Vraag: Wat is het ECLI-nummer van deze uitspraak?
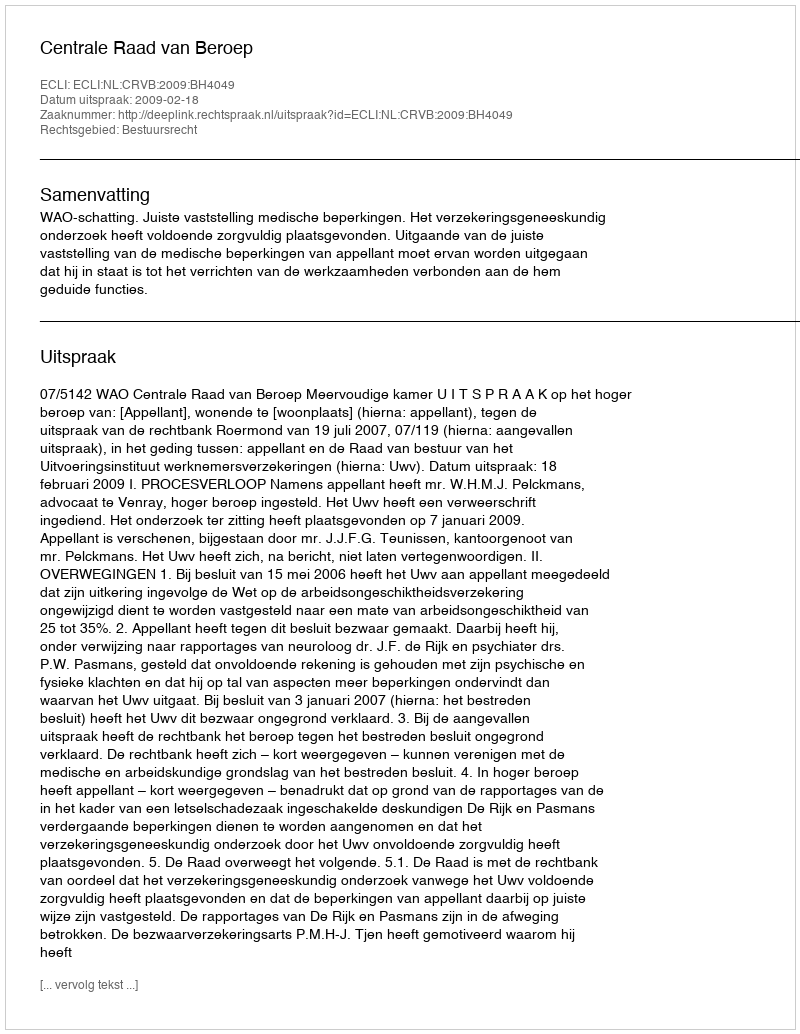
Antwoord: ECLI:NL:CRVB:2009:BH4049